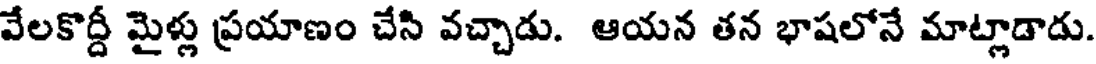
వేలకొద్దీ మైళ్లు ప్రయాణం చేసి వచ్చాడు. ఆయన తన భాషలోనే మాట్లాడాడు.